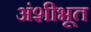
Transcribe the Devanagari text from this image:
अंशीभूत